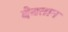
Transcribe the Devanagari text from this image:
देवतान